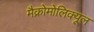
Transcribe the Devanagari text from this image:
मैक्रोमोलिक्यूल